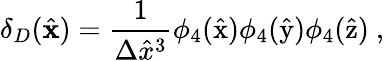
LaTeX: \delta_{D}(\hat{{\mathbf x}})=\frac{1}{\Delta\hat{x}^{3}}\phi_{4}(\hat{\mathrm{x}})\phi_{4}(\hat{\mathrm{y}})\phi_{4}(\hat{\mathrm{z}})\ ,